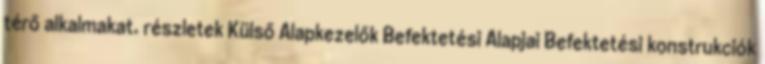
térő alkalmakat. részletek Külső Alapkezelők Befektetési Alapjai Befektetési konstrukciók